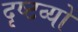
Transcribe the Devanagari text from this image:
दृष्टव्यों